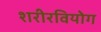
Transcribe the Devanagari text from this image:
शरीरवियोग